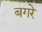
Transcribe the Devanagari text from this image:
बगरे